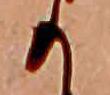
か